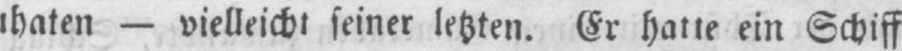
- vielleicht seiner letzten. Er hatte ein Schiff